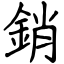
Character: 銷